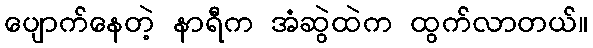
ပျောက်နေတဲ့ နာရီက အံဆွဲထဲက ထွက်လာတယ်။